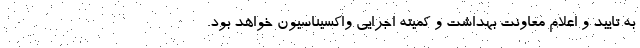
به تایید و اعلام معاونت بهداشت و کمیته اجرایی واکسیناسیون خواهد بود.